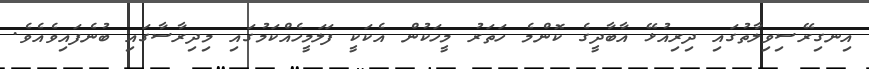
އިނގިރޭސިވިލާތުގައި ދިރިއުޅޭ އާބާދީގެ ކޮންމެ ހަތަރު މީހަކުން އެކަކީ ފަލަމީހެއްކަމުގައި މިދިރާސާގައި ބުނެފައިވެއެވެ.